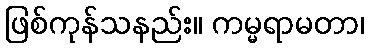
ဖြစ်ကုန်သနည်း။ ကမ္မရာမတာ၊